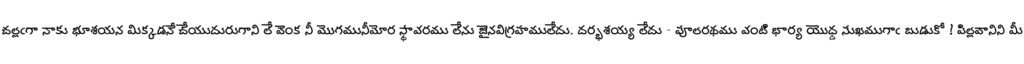
చల్లఁగా నాకు భూశయన మిక్కడనే చేయుదురుగాని లే వెంక నీ మొగమునీమోర స్థావరము లేను జైనవిగ్రహములేదు. దర్భశయ్య లేదు - పూలరథము వంటి భార్య యొద్ద సుఖముగాఁ బుడుకో ! పిల్లవానిని మీ